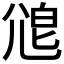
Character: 𡯱